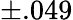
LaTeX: \pm.049